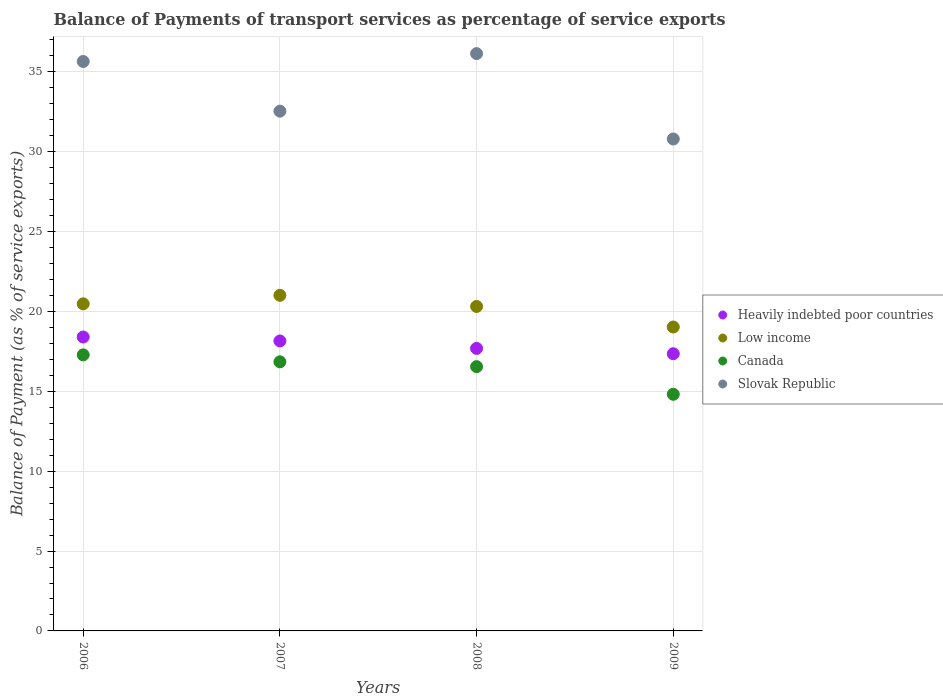
| Years | Heavily indebted poor countries | Low income | Canada | Slovak Republic |
 | --- | --- | --- | --- | --- |
 | 2006 | 18.4 | 20.5 | 17.3 | 35.7 |
 | 2007 | 18.2 | 21 | 16.8 | 32.5 |
 | 2008 | 17.7 | 20.3 | 16.5 | 36.1 |
 | 2009 | 17.4 | 19 | 14.8 | 30.8 |